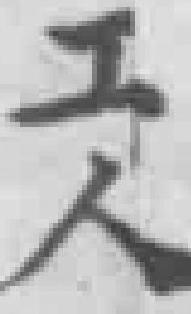
工人